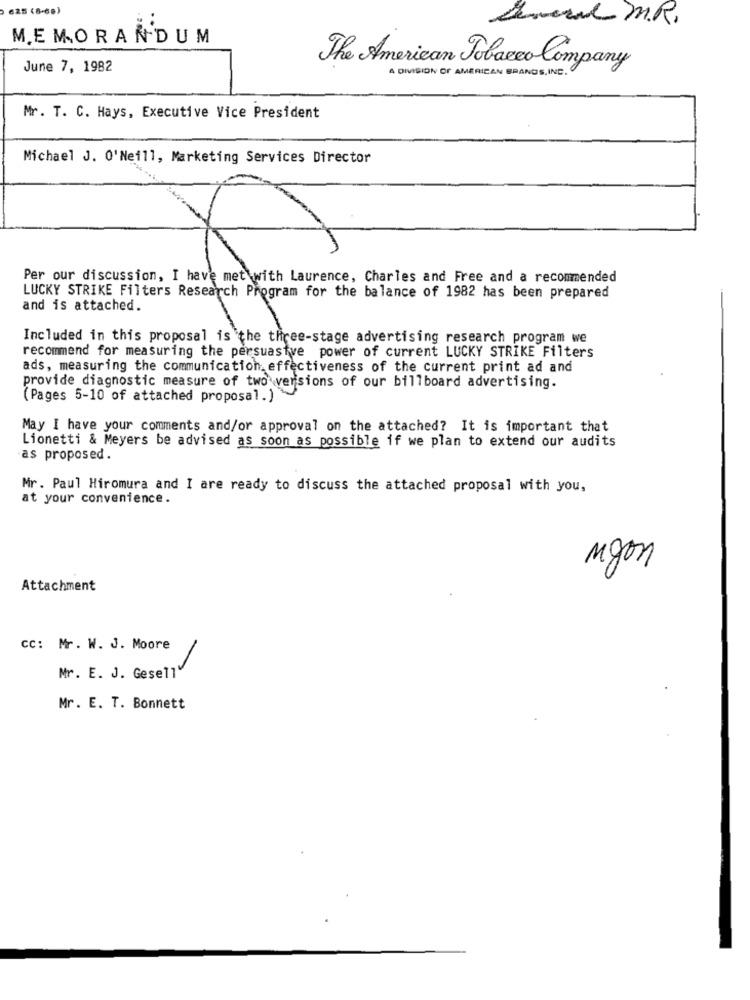
625 (8-69)
Several M.R.
MEMORANDUM
June 7, 1982
The American Tobacco Company
A DIVISION OF AMERICAN BRANDS, INC.
Mr. T. C. Hays, Executive Vice President
Michael J. 0'Neill, Marketing Services Director
Per our discussion, I have met with Laurence, Charles and Free and a recommended
LUCKY STRIKE Filters Research Program for the balance of 1982 has been prepared
and is attached.
Included in this proposal is the three-stage advertising research program we
recommend for measuring the persuasive power of current LUCKY STRIKE Filters
ads, measuring the communication_ effectiveness of the current print ad and
provide diagnostic measure of two versions of our billboard advertising.
(Pages 5-10 of attached proposal.)
May I have your comments and/or approval on the attached? It is important that
Lionetti & Meyers be advised as soon as possible if we plan to extend our audits
as proposed.
Mr. Paul Hiromura and I are ready to discuss the attached proposal with you,
at your convenience.
nyon
Attachment
CC: Mr. W. J. Moore
Mr. E. J. GesellV
Mr. E. T. Bonnett